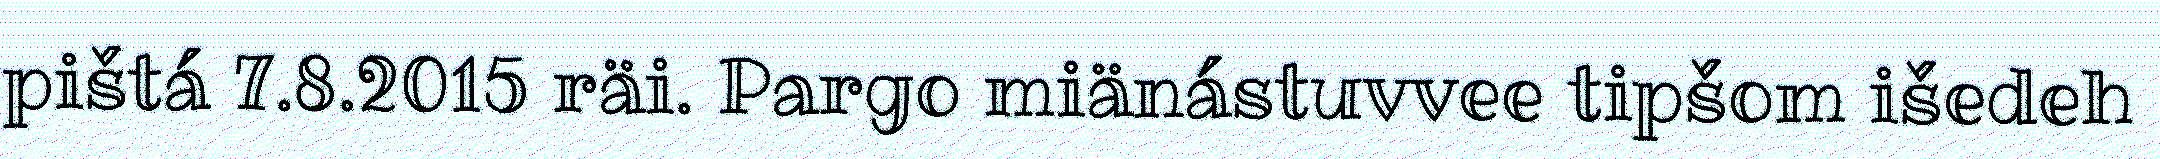
pištá 7.8.2015 räi. Pargo miänástuvvee tipšom išedeh